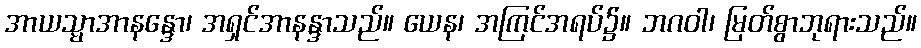
အာယသ္မာအာနန္ဒော၊ အရှင်အာနန္ဒာသည်။ ယေန၊ အကြင်အရပ်၌။ ဘဂဝါ၊ မြတ်စွာဘုရားသည်။